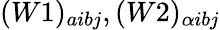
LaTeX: (W1)_{aibj},(W2)_{\alpha ibj}